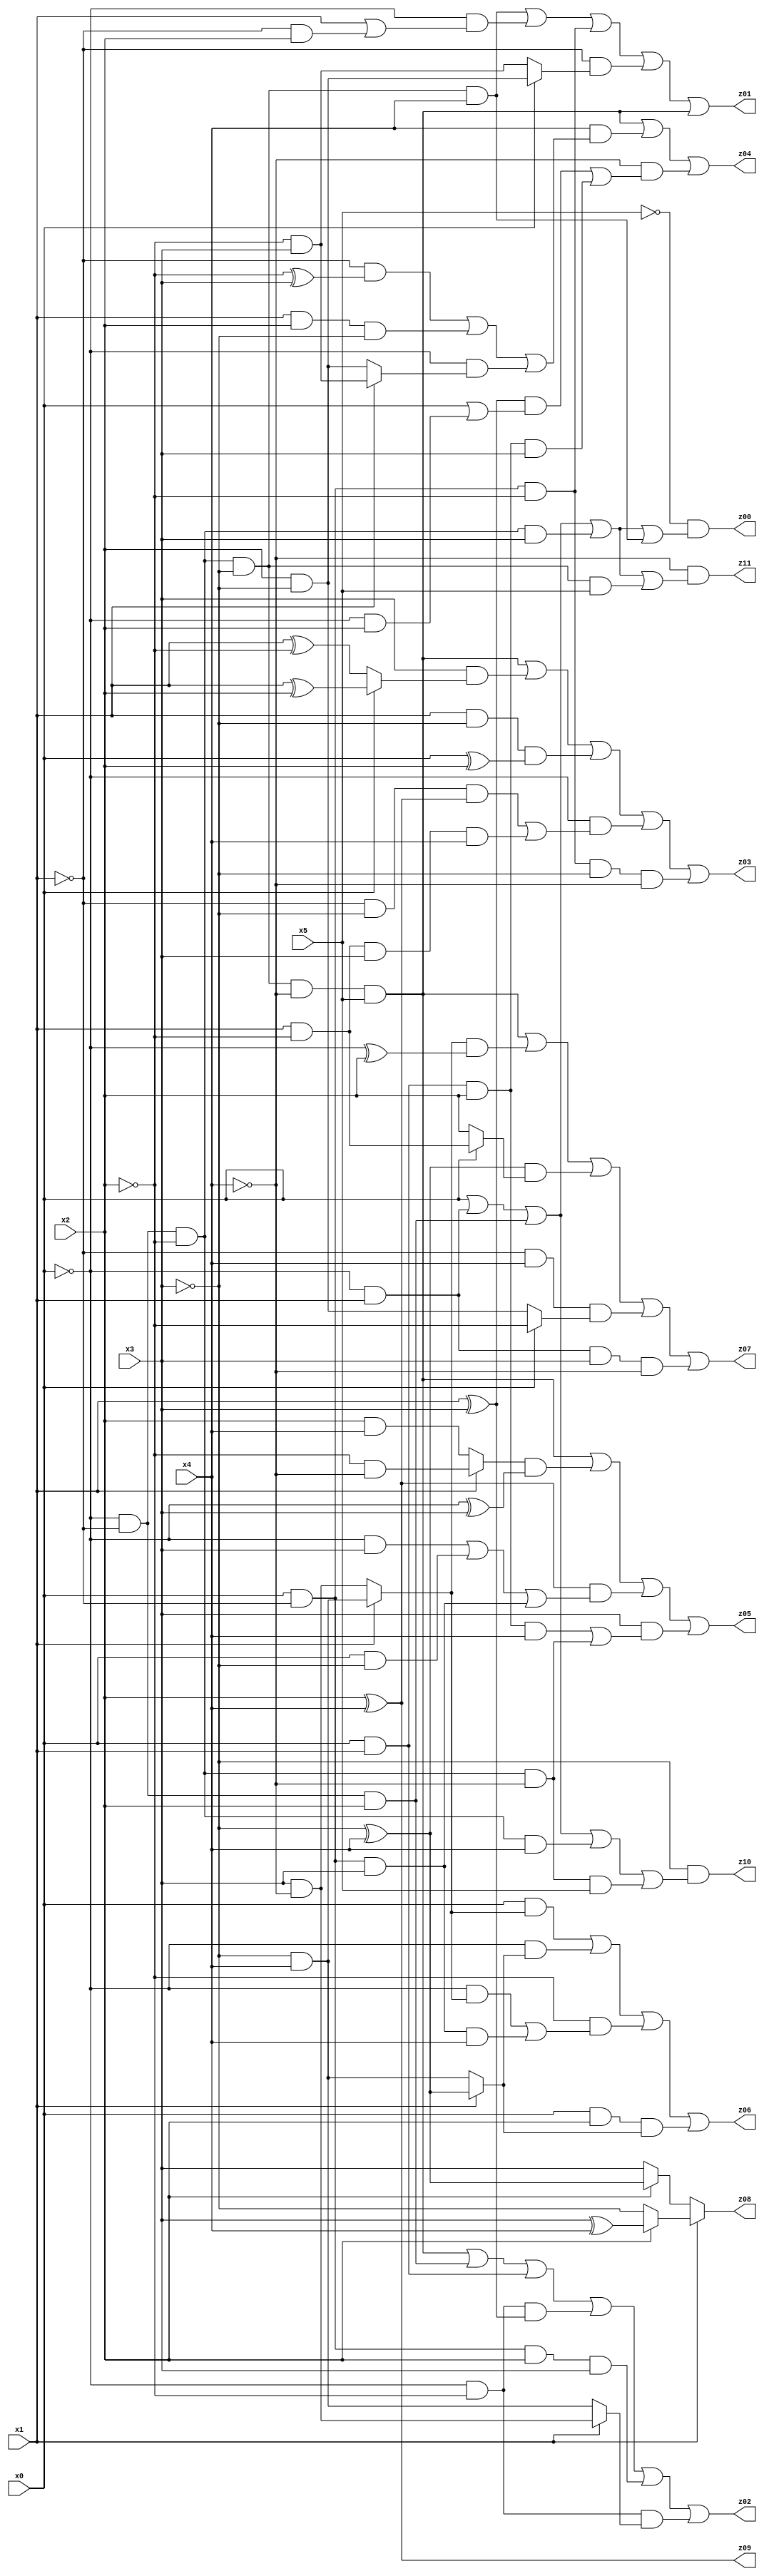
// Benchmark "X_7" written by ABC on Fri May 26 04:01:11 2023

module X_7 ( 
    x0, x1, x2, x3, x4, x5,
    z00, z01, z02, z03, z04, z05, z06, z07, z08, z09, z10, z11  );
  input  x0, x1, x2, x3, x4, x5;
  output z00, z01, z02, z03, z04, z05, z06, z07, z08, z09, z10, z11;
  assign z00 = ~x5 & (x0 | (~x0 & x1) | (~x0 & ~x1 & x2) | (~x0 & ~x1 & ~x2 & x3) | (~x0 & ~x1 & ~x2 & ~x3 & x4));
  assign z01 = (~x0 & ~x1 & ~x2 & ~x3 & x4) | (~x0 & (x1 | (~x1 & x2))) | (x0 & ~x1 & ~x2) | (~x1 & (x0 ? (x2 & ~x3) : (~x2 & x3))) | (~x0 & ~x1 & ~x2 & ~x3 & ~x4 & x5);
  assign z02 = (~x0 & ~x1 & ~x2 & ~x3 & ~x4 & x5) | (~x0 & ~x1 & x2) | (x0 & x1) | (~x0 & ~x2 & (x1 ^ x3)) | (x0 & ~x1 & x2 & x3) | (~x0 & ~x2 & (x1 ? (x3 & ~x4) : (~x3 & x4)));
  assign z03 = (~x0 & ~x1 & ~x2 & ~x3 & ~x4 & x5) | (x3 & (x0 ? (x1 ^ x2) : (x1 ^ ~x2))) | (x1 & ~x3 & (x0 ^ x2)) | (~x0 & ((~x1 & ~x3 & (x2 ^ x4)) | (x1 & ~x2 & x3 & x4))) | (x0 & ~x1 & ~x2 & ~x3 & ~x4);
  assign z04 = (~x0 & ~x1 & ~x2 & ~x3 & ~x4 & x5) | (x4 & ((~x1 & (~x2 ^ x3)) | (x1 & x2 & ~x3) | (~x0 & (x1 ? (~x2 & x3) : (x2 & ~x3))))) | (~x4 & (((x1 ^ x3) & (x0 | (~x0 & x2))) | (x0 & x1 & x2 & x3)));
  assign z05 = (~x0 & ~x1 & ~x2 & ~x3 & ~x4 & x5) | ((x1 ? (~x2 & ~x4) : (x2 & x4)) & (~x0 ^ x3)) | ((x2 ^ x4) & ((~x0 & x3) | (x0 & ~x3) | (x0 & ~x1 & x3))) | (x3 & ((x0 & x1 & x2 & x4) | (~x0 & ~x1 & ~x2 & ~x4)));
  assign z06 = (x0 & (x1 ? (~x3 & x4) : (x3 & ~x4))) | (~x0 & (x1 ? (~x3 ^ x4) : (~x3 & x4))) | (~x2 & ((~x0 & (x1 ? (~x3 & x4) : (x3 & ~x4))) | (x0 & ~x1 & x3 & x4))) | (x0 & x2 & (x1 ? (~x3 ^ x4) : (~x3 & x4)));
  assign z07 = (~x0 & ~x1 & ~x2 & ~x3 & ~x4 & x5) | ((x1 ? (~x3 & x4) : (x3 & ~x4)) & (~x0 ^ x2)) | ((~x3 ^ x4) & (x0 ? (x1 & ~x2) : x2)) | (~x1 & x4 & (x0 ? ~x2 : (x2 & ~x3))) | (~x0 & x1 & x3 & ~x4);
  assign z08 = x1 ? (x2 ? (x3 ^ x4) : ~x3) : (x2 ? (~x3 ^ x4) : x3);
  assign z09 = x2 ^ x4;
  assign z10 = ~x3 & (x0 | (~x0 & x1) | (~x0 & ~x1 & x2) | (~x0 & ~x1 & ~x2 & x4) | (~x0 & ~x1 & ~x2 & ~x4 & x5));
  assign z11 = ~x4 & (x0 | (~x0 & x1) | (~x0 & ~x1 & x2) | (~x0 & ~x1 & ~x2 & x3) | (~x0 & ~x1 & ~x2 & ~x3 & x5));
endmodule